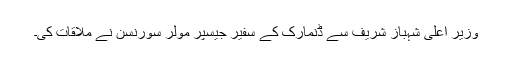
وزیر اعلیٰ شہباز شریف سے ڈنمارک کے سفیر جیسپر مولر سورنسن نے ملاقات کی۔